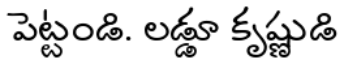
పెట్టండి. లడ్డూ కృష్ణుడి